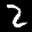
Label: 2